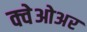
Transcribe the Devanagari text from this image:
क्वेओअर